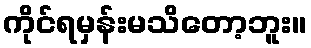
ကိုင်ရမှန်းမသိတော့ဘူး။